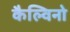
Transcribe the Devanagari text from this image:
कैल्विनो